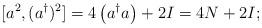
LaTeX: \begin{align*}[a^2,(a^\dagger)^2] = 4 \left(a^\dagger a\right) + 2 I = 4 N +2 I;\end{align*}